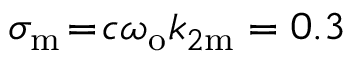
\sigma _ { \mathrm { m } } \! = \! c \omega _ { \mathrm { o } } k _ { 2 \mathrm { m } } = 0 . 3